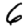
Digit: 6